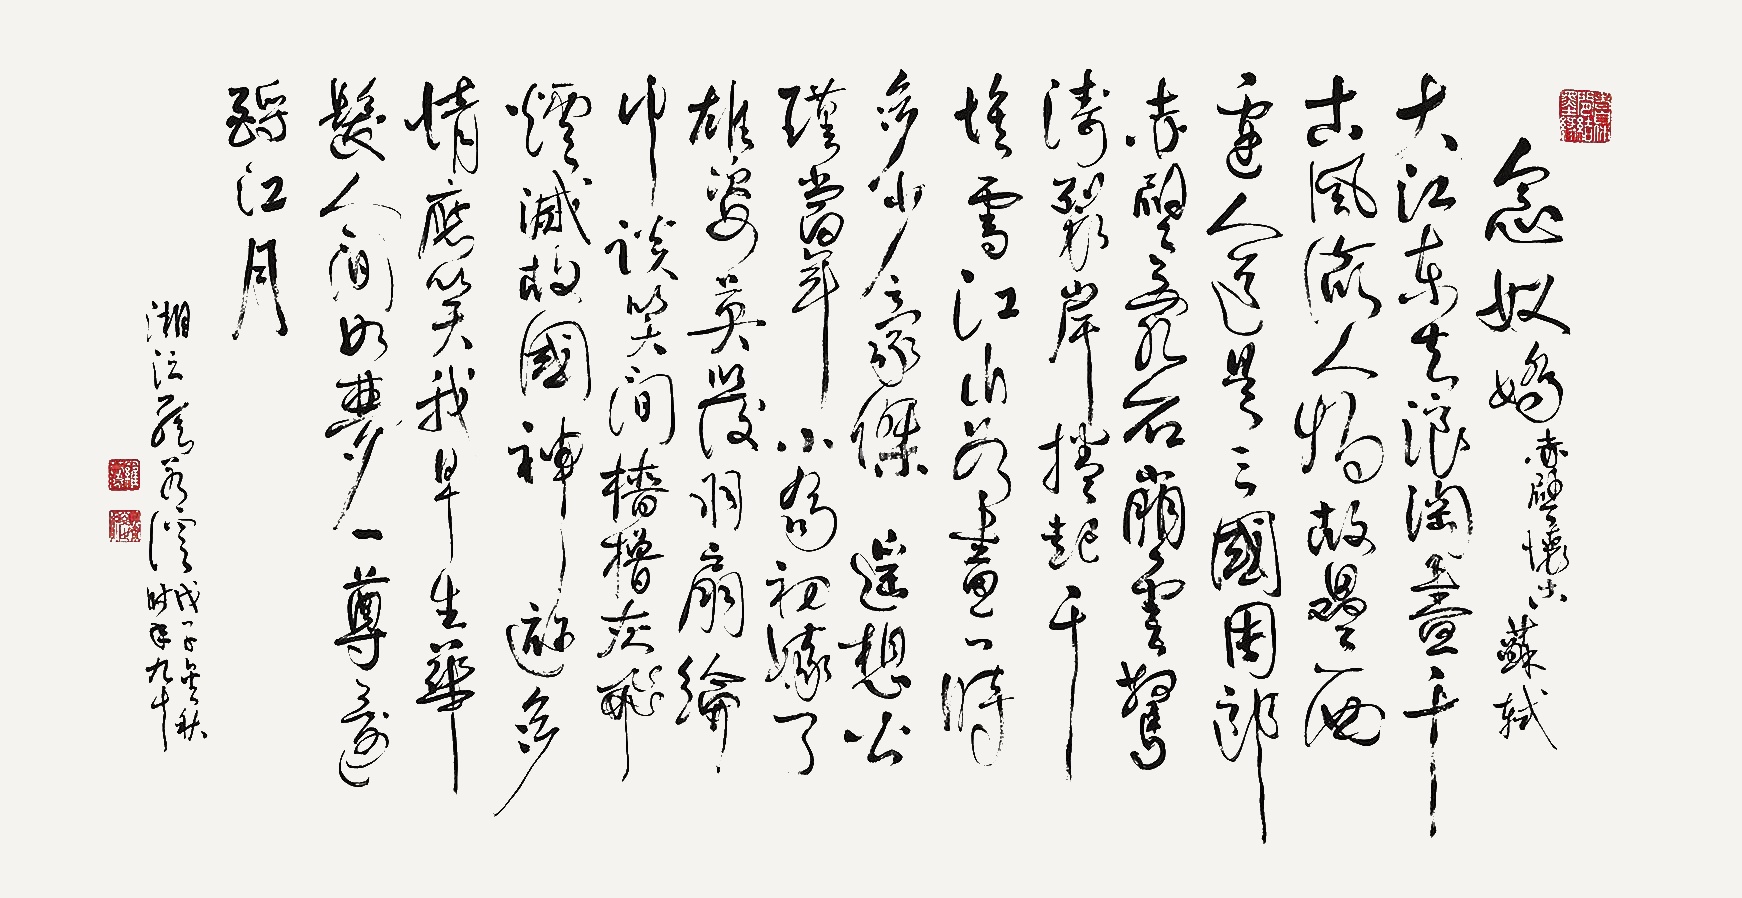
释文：念奴娇•赤壁怀古
苏轼
大江东去，浪淘尽，千古风流人物。故垒西边。人道是，三国周郎赤壁。乱石穿空，惊涛拍岸。卷起千堆雪。江山如画，一时多少豪杰。遥想公瑾当年。小乔初嫁了，雄姿英发。羽扇纶巾，谈笑间。樯橹灰飞烟灭。故国神游，多情应笑我，早生华发。人生如梦，一尊还酹江月。湘潭罗若溪。戊子（2008年）金秋，时年九十。